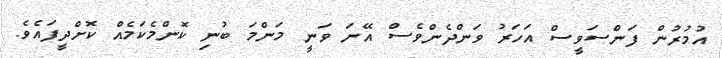
އުމުރުން ފަންސަވީސް އަހަރު ވަންދެންވެސް އޭނަ ވަނީ މަންމަ ބުނި ކޮންމެކަމެއް ކޮށްދީފައެވެ.